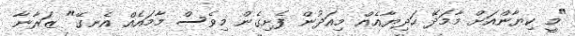
"މީ ކިޔާންއަށް މާމަދޭ ހަދިޔާއެއް މިއަދުން ފެށިގެން މިވެސް މާމައެއް އެނގޭ" ޒަރާނާ